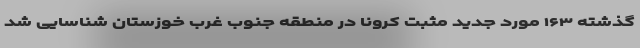
گذشته ۱۶۳ مورد جدید مثبت کرونا در منطقه جنوب غرب خوزستان شناسایی شد